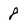
Character: 8